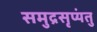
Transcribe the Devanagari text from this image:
समुद्रसृप्यंतु